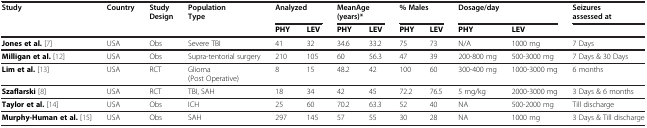
<table><thead><tr><td><b>Study</b></td><td><b>Country</b></td><td><b>Study Design</b></td><td><b>Population Type</b></td><td colspan="2"><b>Analyzed</b></td><td colspan="2"><b>MeanAge(years)*</b></td><td colspan="2"><b>% Males</b></td><td colspan="2"><b>Dosage/day</b></td><td><b>Seizures assessed at</b></td></tr></thead><tbody><tr><td> </td><td> </td><td> </td><td> </td><td><b>PHY</b></td><td><b>LEV</b></td><td><b>PHY</b></td><td><b>LEV</b></td><td><b>PHY</b></td><td><b>LEV</b></td><td><b>PHY</b></td><td><b>LEV</b></td><td> </td></tr><tr><td><b>Jones et al.</b>[7]</td><td>USA</td><td>Obs</td><td>Severe TBI</td><td>41</td><td>32</td><td>34.6</td><td>33.2</td><td>75</td><td>73</td><td>N/A</td><td>1000 mg</td><td>7 Days</td></tr><tr><td><b>Milligan et al.</b>[12]</td><td>USA</td><td>Obs</td><td>Supra-tentorial surgery</td><td>210</td><td>105</td><td>60</td><td>56.3</td><td>47</td><td>39</td><td>200-800 mg</td><td>500-3000 mg</td><td>7 Days &amp; 30 Days</td></tr><tr><td><b>Lim et al.</b>[13]</td><td>USA</td><td>RCT</td><td>Glioma(Post Operative)</td><td>8</td><td>15</td><td>48.2</td><td>42</td><td>100</td><td>60</td><td>300-400 mg</td><td>1000-3000 mg</td><td>6 months</td></tr><tr><td><b>Szaflarski</b>[8]</td><td>USA</td><td>RCT</td><td>TBI, SAH</td><td>18</td><td>34</td><td>42</td><td>45</td><td>72.2</td><td>76.5</td><td>5 mg/kg</td><td>2000-3000 mg</td><td>3 Days &amp; 6 months</td></tr><tr><td><b>Taylor et al.</b>[14]</td><td>USA</td><td>Obs</td><td>ICH</td><td>25</td><td>60</td><td>70.2</td><td>63.3</td><td>52</td><td>40</td><td>NA</td><td>500-2000 mg</td><td>Till discharge</td></tr><tr><td><b>Murphy-Human et al.</b>[15]</td><td>USA</td><td>Obs</td><td>SAH</td><td>297</td><td>145</td><td>57</td><td>55</td><td>30</td><td>28</td><td>NA</td><td>1000 mg</td><td>3 Days &amp; Till discharge</td></tr></tbody></table>